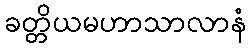
ခတ္တိယမဟာသာလာနံ